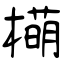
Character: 橗